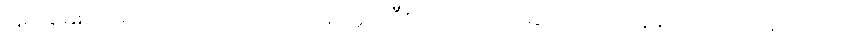
ငြိမ်းချမ်းရေးမှာ ပါဝင်လာဖို့ ဒုတိယ ဥက္ကဋ္ဌ ဦးကျော်တင့်ဆွေက တိုက်တွန်းပြောကြားခဲ့တာပါ။